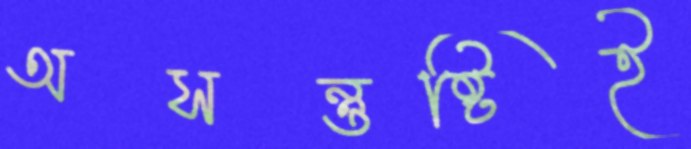
অসন্তুষ্টিই